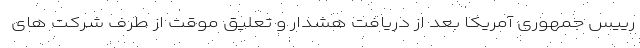
رییس جمهوری آمریکا بعد از دریافت هشدار و تعلیق موقت از طرف شرکت های